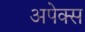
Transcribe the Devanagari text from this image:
अपेक्स